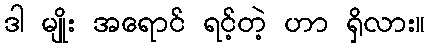
ဒါ မျိုး အရောင် ရင့်တဲ့ ဟာ ရှိလား။